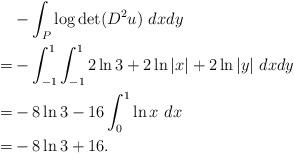
LaTeX: \begin{align*}& - \int_P \log \det (D^2 u) ~ dx dy \\=& -\int_{-1}^1 \int_{-1}^1 2 \ln 3 + 2 \ln |x| + 2 \ln |y| ~ dx dy\\=& - 8 \ln 3 - 16 \int_0^1 \ln x ~ dx\\=& - 8 \ln 3 + 16.\end{align*}